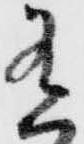
有